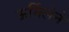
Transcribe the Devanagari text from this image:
ऊर्मिलेने